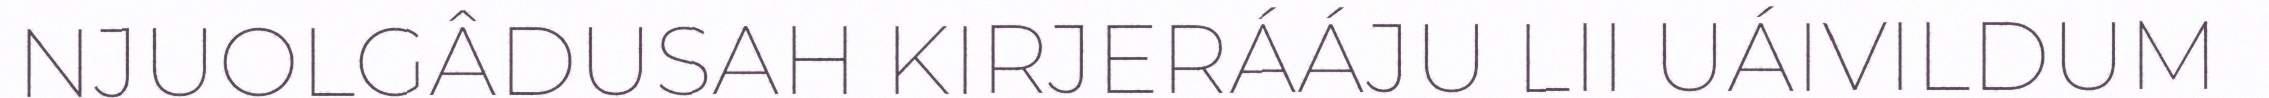
NJUOLGÂDUSAH KIRJERÁÁJU LII UÁIVILDUM